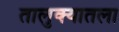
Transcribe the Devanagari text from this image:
तालुक्यातला